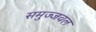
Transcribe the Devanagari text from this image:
समुज्जवल